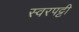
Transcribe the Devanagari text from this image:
स्वरपट्टी